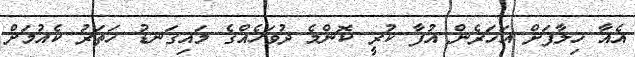
އެއާ ހިލާފަށް އަހަރެން އުފާ ކުރީ ކޮންމެ ދުވަހެއްގެ މައިގަނޑު ހަތަރު ކެއުމަށް